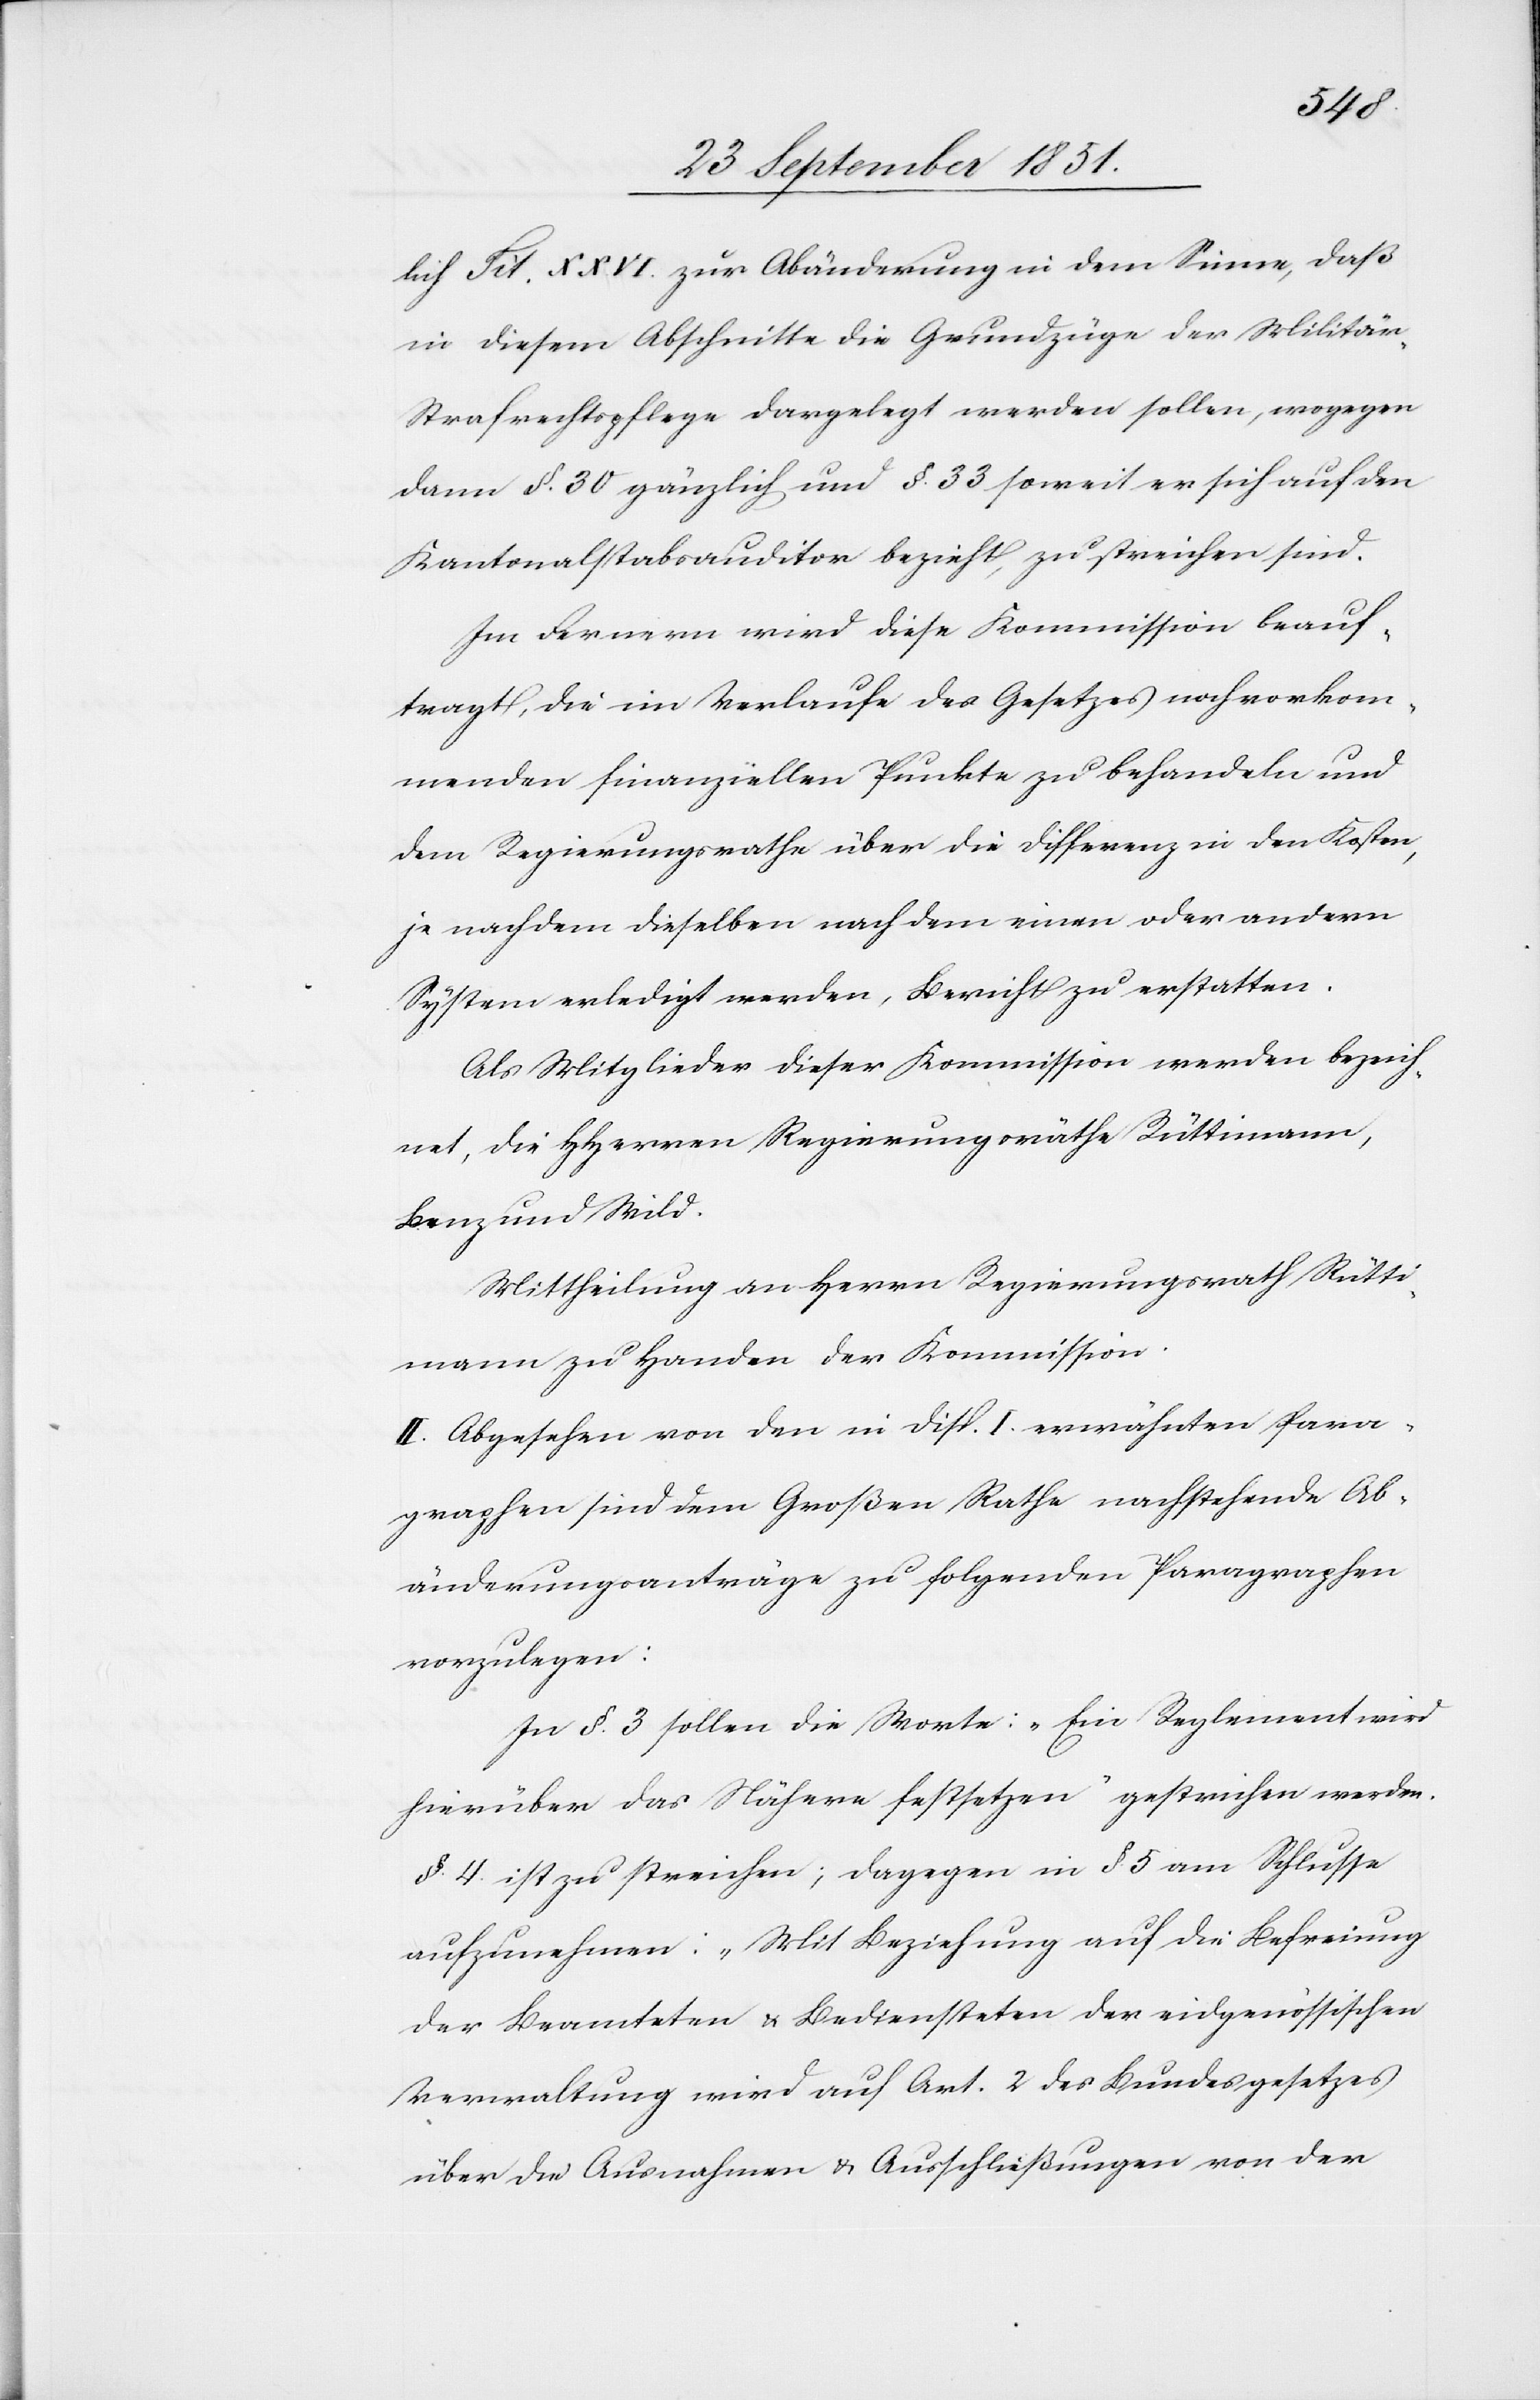
lich Tit. XXVI. zur Abänderung in dem Sinne, daß
in diesem Abschnitte die Grundzüge der Militär-S¬
trafrechtspflege dargelegt werden sollen, wogegen
dann §. 30 gänzlich und §. 33 soweit er sich auf den
Kantonalstabsauditor bezieht, zu streichen sind.
Im Fernern wird diese Kommission beauf¬
tragt, die im Verlaufe des Gesetzes noch vorkom¬
menden finanziellen Punkte zu behandeln und
dem Regierungsrathe über die Differenz in den Kosten,
je nachdem dieselben nach dem einen oder andern
System erledigt werden, Bericht zu erstatten.
Als Mitglieder dieser Kommission werden bezeich¬
net, die HHerren Regierungsräthe Rüttimann,
Benz und Wild.
Mittheilung an Herrn Regierungsrath Rütti¬
mann zu Handen der Kommission.
II. Abgesehen von den in Disp. I. erwähnten Para¬
graphen sind dem Großen Rathe nachstehende Ab¬
änderungsanträge zu folgenden Paragraphen
vorzulegen:
In §. 3 sollen die Worte: „Ein Reglement wird
hierüber das Nähere festsetzen“ gestrichen werden.
§. 4. ist zu streichen; dagegen in §. 5 am Schlusse
aufzunehmen: „Mit Beziehung auf die Befreiung
der Beamteten & Bediensteten der eidgenössischen
Verwaltung wird auf Art. 2 des Bundesgesetzes
über die Ausnahmen & Ausschließungen von der